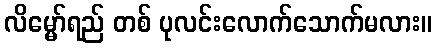
လိမ္မော်ရည် တစ် ပုလင်းလောက်သောက်မလား။